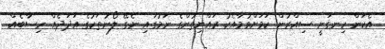
އެކަން ހިނގަނީ ސިއްރުން ކަމަށްވުމާއެކު ރައްޔިތުންގެ ނަމުގައި ނެގޭ ލޯނުތަކުގެ އަދަދެއް ހިސާބެއް